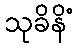
သုခိနိံ